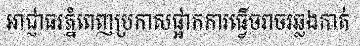
អាជ្ញាធរភ្នំពេញប្រកាសផ្អាកការធ្វើចរាចរឆ្លងកាត់